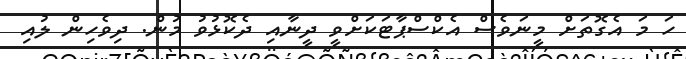
ހަ މަ އެގޮތަށް މީނަވެސް އެކްސްޕާޓަކަށްވީ ދީނާއި ދެކޮޅުވު މުން. ދިވެހިން ލުއި